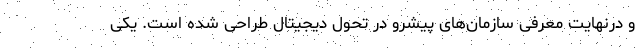
و درنهایت معرفی سازمان‌های پیشرو در تحول دیجیتال طراحی شده است. یکی